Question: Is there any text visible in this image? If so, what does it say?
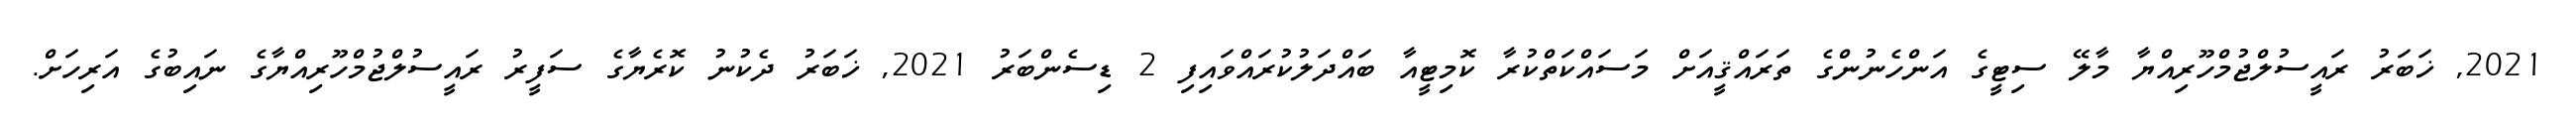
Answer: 2021, ޚަބަރު ރައީސުލްޖުމްހޫރިއްޔާ މާލޭ ސިޓީގެ އަންހެނުންގެ ތަރައްޤީއަށް މަސައްކަތްކުރާ ކޮމިޓީއާ ބައްދަލުކުރައްވައިފި 2 ޑިސެންބަރު 2021, ޚަބަރު ދެކުނު ކޮރެޔާގެ ސަފީރު ރައީސުލްޖުމްހޫރިއްޔާގެ ނައިބުގެ އަރިހަށް.